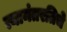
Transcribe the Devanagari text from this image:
त्यानंतरतिचे